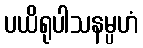
ပယိရုပါသနမ္ပဟံ